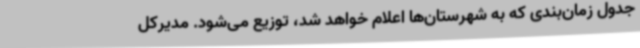
جدول زمان‌بندی که به شهرستان‌ها اعلام خواهد شد، توزیع می‌شود. مدیرکل